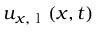
u _ { x , \mathrm { ~ l ~ } } ( \boldsymbol { x } , t )